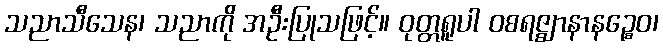
သညာသီသေန၊ သညာကို အဦးပြုသဖြင့်။ ဝုတ္တရူပါ ဝစရဇ္ဈာနာနဉ္စေဝ၊